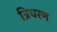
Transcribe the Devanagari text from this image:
त्रिचरण